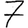
Digit: 7